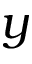
y